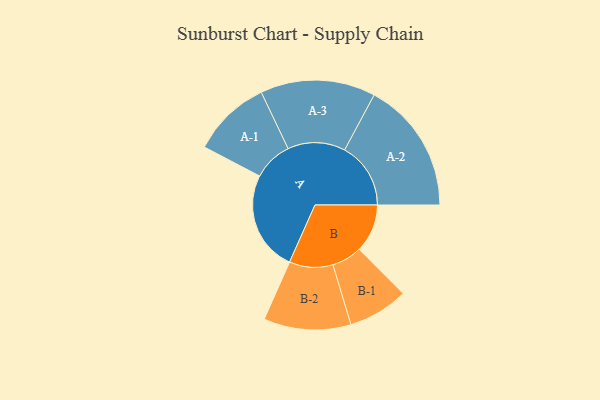
{"axis": {"x": "Segment", "y": "Value"}, "legend": ["", "A", "B"], "data": [{"x": "A", "y": 432, "type": ""}, {"x": "B", "y": 208, "type": ""}, {"x": "A-1", "y": 170, "type": "A"}, {"x": "A-2", "y": 285, "type": "A"}, {"x": "A-3", "y": 248, "type": "A"}, {"x": "B-1", "y": 130, "type": "B"}, {"x": "B-2", "y": 188, "type": "B"}]}